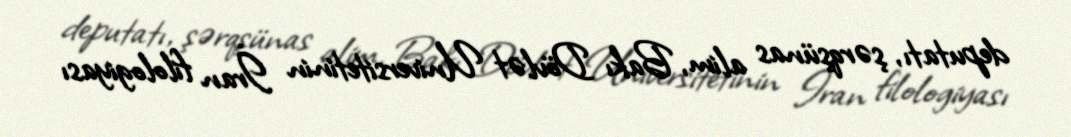
deputatı, şərqşünas alim, Bakı Dövlət Universitetinin İran filologiyası